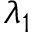
\lambda _ { 1 }